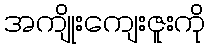
အကျိုးကျေးဇူးကို